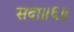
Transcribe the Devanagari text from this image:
सदा॥६॥